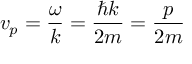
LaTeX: v _ { p } = { \frac { \omega } { k } } = { \frac { \hbar k } { 2 m } } = { \frac { p } { 2 m } }